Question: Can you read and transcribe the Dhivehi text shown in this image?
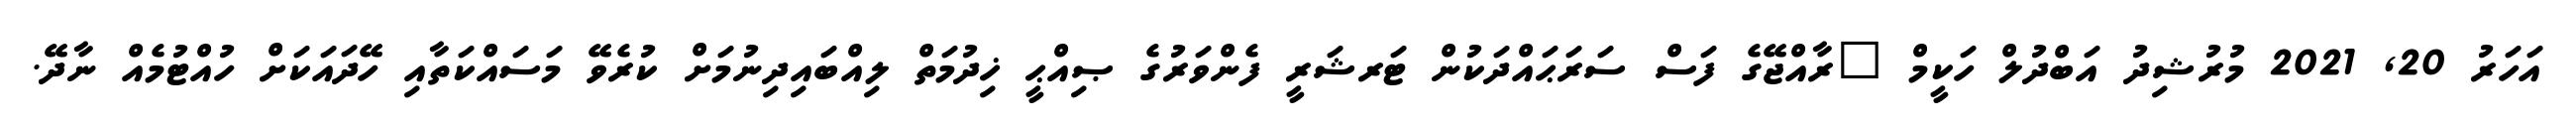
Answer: އަހަރު 20, 2021 މުރުޝިދު އަބްދުލް ހަކީމް "ރާއްޖޭގެ ފަސް ސަރަޙައްދަކުން ޓަރޝަރީ ފެންވަރުގެ ޞިއްޙީ ޚިދުމަތް ލިއްބައިދިނުމަށް ކުރެވޭ މަސައްކަތާއި ހޭދައަކަށް ހުއްޓުމެއް ނާދޭ.